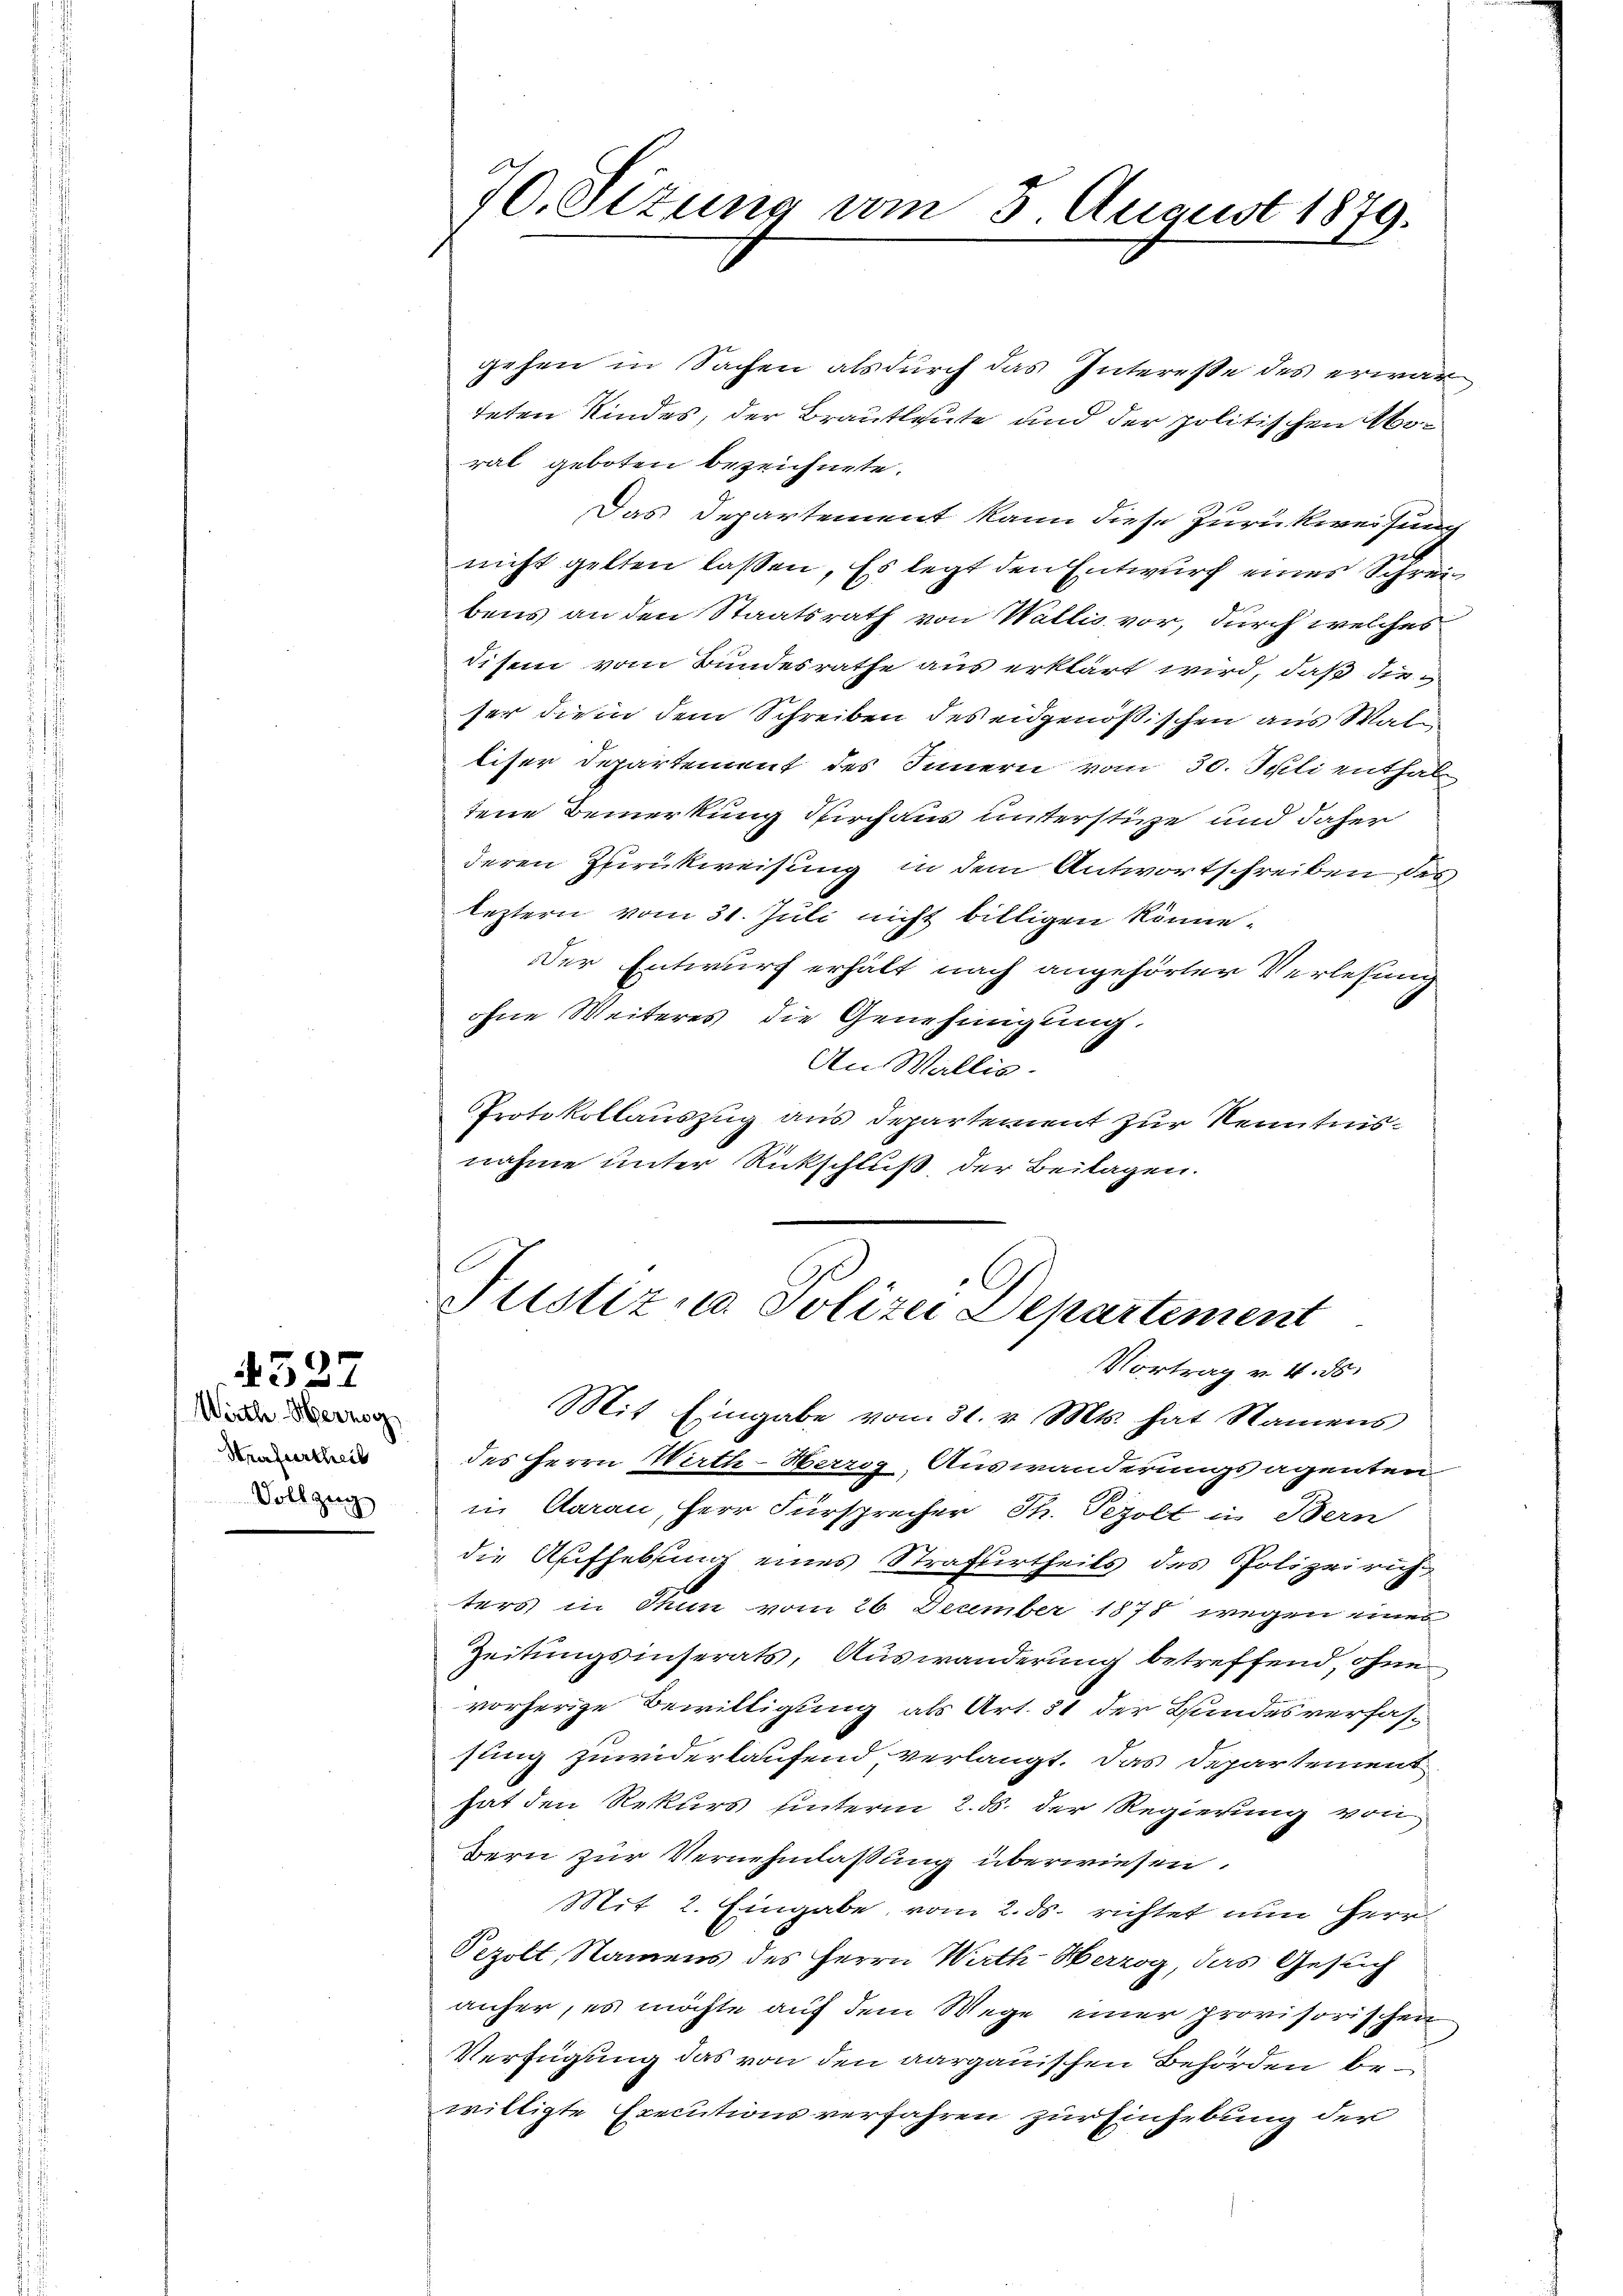
Wirth Herzog
Strafurtheil
Vollzug

4527

70. Sizung vom 3 August 1879.

gehen in Sachen als durch das Interesse des erwarteten Kindes, der Brautleute und der politischen Abrat geboten bezeichnete.
Das Departement kann diese Zurückweisung
nicht gelten lassen. Es legt den Entwurf eines Schrei
bens an den Staatsrath von Wallis vor, durch welches
disem vom Bundesrathe aus erklärt wird, daß dieser die in dem Schreiben des eidgenößischen aus Wale
liser Departement des Innern vom 30. Juli enthal
tene Bemerkung Kirchaus unterstüze und daher
deren Zurückweisung in dem Antwortschreiben des
leztern vom 31. Juli nicht billigen könne¬
Der Entwurf erhält nach angehörter Verlesung
ohne Weiteres die Genehmigung.
An Wallis.
Protokollauszug aus Departement zur Kenntnisnahme unter Rückschluß der Beilagen.

Justiz u. Polizei Departement
Vortrag v. 4. ds.

Mit Eingabe vom 31. v. Mts. hat Namens
des Herrn Wirth-Herrog, Auswanderungsagenten
in Aarau, Herr Fürsprecher Th. Pezolt in Bern
die Aufhebung eines Strafurtheils des Polizeirich
ters in Thun vom 26. December 1878 wegen eines
Zeitungsinserats, Auswanderung betreffend, ohne
vorherige Bewilligung als Art. 51 der Bundesverfassung zuwiderlaufend, verlangt. Das Departement
hat den Rekurs hinterm 2. ds. der Regierung von
Bern zur Vernehmlassung überwiesen.
Mit 2. Eingabe vom 2. ds. richtet nun Herr
Pezolt, Namens des Herrn Wirth Herzog, das Gesuch
anher, es möchte auf dem Wege einer provisorischen
Verfügung das von den aargauischen Behörden bewilligte Executionsverfahren zur Einhebung der